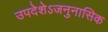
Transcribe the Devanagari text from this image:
उपदेशेऽजनुनासिक